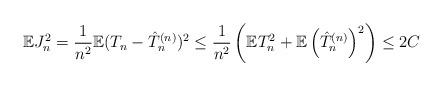
LaTeX: \begin{align*}\mathbb{E}J_n^2 = \frac{1}{n^2} \mathbb{E}(T_n - \hat{T}^{(n)}_n)^2 \leq \frac{1}{n^2}\left(\mathbb{E}T_n^2 + \mathbb{E}\left(\hat{T}^{(n)}_n\right)^2\right) \leq 2C\end{align*}